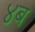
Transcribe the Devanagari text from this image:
४ब